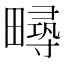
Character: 𤳚